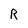
Character: R